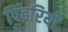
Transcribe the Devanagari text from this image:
पिंढरियों